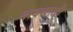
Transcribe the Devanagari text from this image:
नावखाली